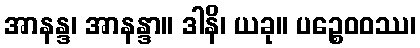
အာနန္ဒ၊ အာနန္ဒာ။ ဒါနိ၊ ယခု။ ပဉ္စေဝဝဿ၊